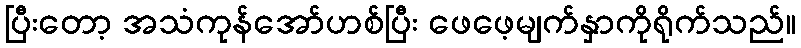
ပြီးတော့ အသံကုန်အော်ဟစ်ပြီး ဖေဖေ့မျက်နှာကိုရိုက်သည်။